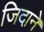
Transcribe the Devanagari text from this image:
जिदाने